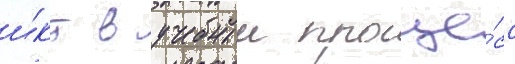
и́кт в учебныи проце́сс